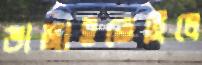
ভাঙ্গাইতেছিলে